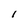
Character: 1